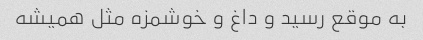
به موقع رسید و داغ و خوشمزه مثل همیشه